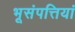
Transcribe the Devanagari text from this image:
भूसंपत्तियां